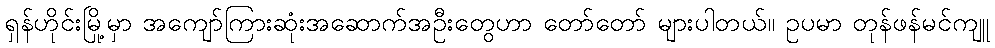
ရှန်ဟိုင်းမြို့မှာ အကျော်ကြားဆုံးအဆောက်အဦးတွေဟာ တော်တော် များပါတယ်။ ဥပမာ တုန်ဖန်မင်ကျူ